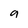
Character: 9